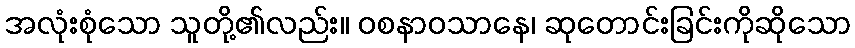
အလုံးစုံသော သူတို့၏လည်း။ ဝစနာဝသာနေ၊ ဆုတောင်းခြင်းကိုဆိုသော